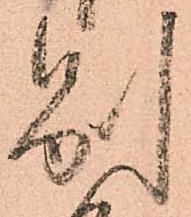
別